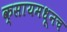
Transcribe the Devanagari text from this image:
क्सायमधूनच